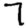
Digit: 7